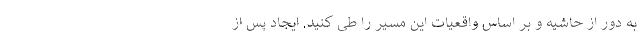
به دور از حاشیه و بر اساس واقعیات این مسیر را طی کنید. ایجاد پس از